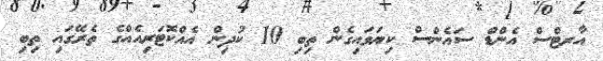
އާރޓްސް އެންޑް ސައެންސް ކިޔަވައިގެން ތިބި 10 ކުދިން އެއްކޮޓަރިއެއްގެ ތެރޭގައި ތިބި